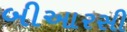
બીઆરસી